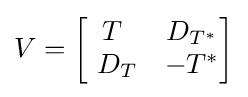
V={\begin{bmatrix}T&D_{T^{*}}\\\ D_{T}&-T^{*}\end{bmatrix}}